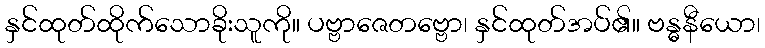
နှင်ထုတ်ထိုက်သောခိုးသူကို။ ပဗ္ဗာဇေတဗ္ဗော၊ နှင်ထုတ်အပ်၏။ ဗန္ဓနီယော၊